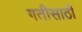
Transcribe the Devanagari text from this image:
गतीसाठी